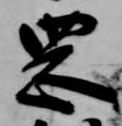
岡